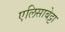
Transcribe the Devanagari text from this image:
एलिसाबेट्टा